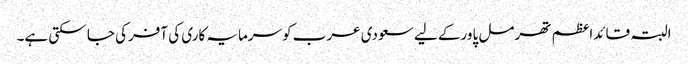
البتہ قائداعظم تھرمل پاورکے لیے سعودی عرب کوسرمایہ کاری کی آفرکی جا سکتی ہے۔